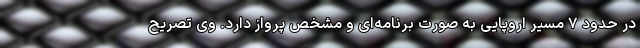
در حدود ۷ مسیر اروپایی به صورت برنامه‌ای و مشخص پرواز دارد. وی تصریح